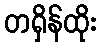
တရှိန်ထိုး